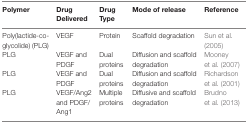
| Polymer | Drug Delivered | Drug Type | Mode of release | Reference |
 | --- | --- | --- | --- | --- |
 | Poly(lactide-co-glycolide) (PLG) | VEGF | Protein | Scaffold degradation | Sun et al. (2005) |
 | PLG | VEGF and PDGF | Dual proteins | Diffusion and scaffold degradation | Mooney et al. (2007) |
 | PLG | VEGF and PDGF | Dual proteins | Diffusion and scaffold degradation | Richardson et al. (2001) |
 | PLG | VEGF/Ang2 and PDGF/Ang1 | Multiple proteins | Diffusive and scaffold degradation | Brudno et al. (2013) |